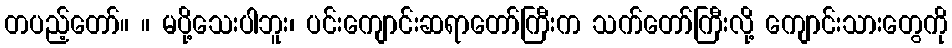
တပည့်တော်။ ။ မပို့သေးပါဘူး၊ ပင်းကျောင်းဆရာတော်ကြီးက သက်တော်ကြီးလို့ ကျောင်းသားတွေကို